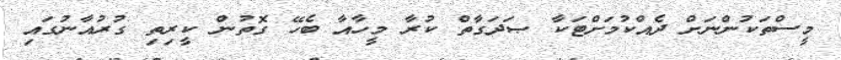
މީސްތަކުންނަށް ދެއްކުމަށްޓަކާ ޞަދަގާތް ކުރާ މީހާއާ ބެހޭ ގޮތުން ކީރިތި ގުރުއާނުގައި